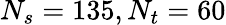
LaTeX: N_{s}=135,N_{t}=60